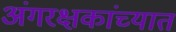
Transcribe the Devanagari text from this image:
अंगरक्षकांच्यात